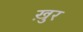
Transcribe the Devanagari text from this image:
ख़ुर